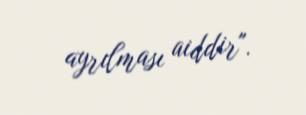
ayrılması aiddir".